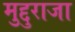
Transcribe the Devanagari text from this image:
मुद्दुराजा